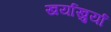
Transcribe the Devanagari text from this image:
खर्याखुर्या